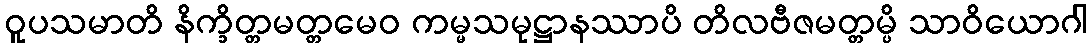
ဝူပသမာတိ နိက္ခိတ္တမတ္တမေဝ ကမ္မသမုဋ္ဌာနဿာပိ တိလဗီဇမတ္တမ္ပိ သာဝိယောဂါ